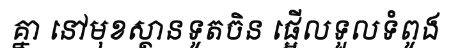
គ្នា នៅមុខស្ថានទូតចិន ផ្អើលទួលទំពូង